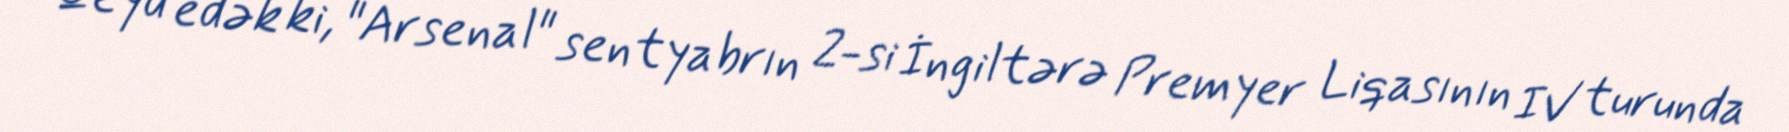
Qeyd edək ki, "Arsenal" sentyabrın 2-si İngiltərə Premyer Liqasının IV turunda